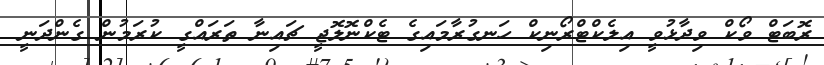
ރޮބަޓް ވޯކް ވިދާޅުވީ އިލެކްޓްރޯނިކް ހަނގުރާމައިގެ ޓެކްނޮލޮޖީ ޗައިނާ ތަރައްގީ ކުރަމުން ގެންދަނީ